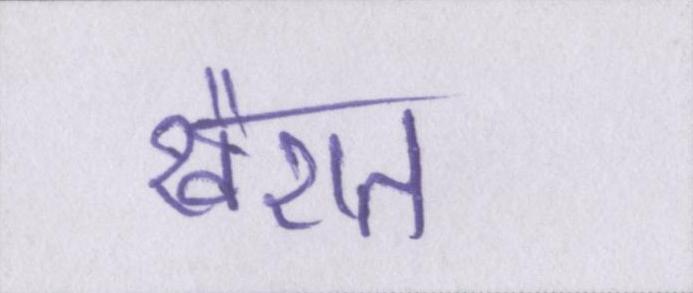
खैरात